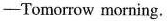
-Tomorrow morning.